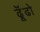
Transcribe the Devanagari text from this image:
ढॅूढो